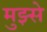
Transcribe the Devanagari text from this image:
मुझ्से